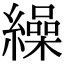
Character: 繰